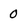
Character: 0